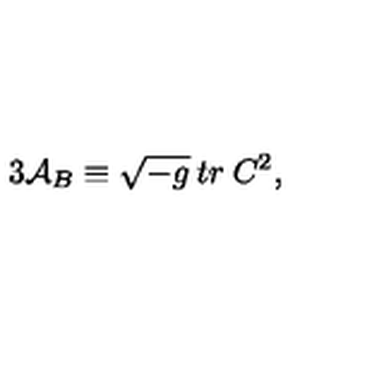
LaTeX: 3 { \cal A } _ { B } \equiv \sqrt { - g } \: t r \: C ^ { 2 } ,